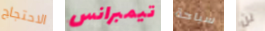
الاحتجاج تيمبرانس سباحة لن